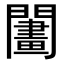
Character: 𨶬